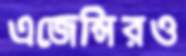
এজেন্সিরও